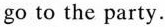
go to the party.